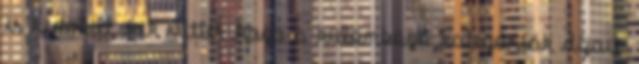
is kiderült, kik vitték haza a különböző kategóriák díjait.